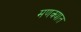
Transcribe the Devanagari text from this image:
मणक्‍यात